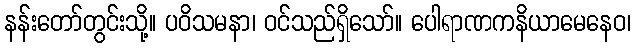
နန်းတော်တွင်းသို့။ ပဝိသမနာ၊ ဝင်သည်ရှိသော်။ ပေါရာဏကနိယာမေနေဝ၊